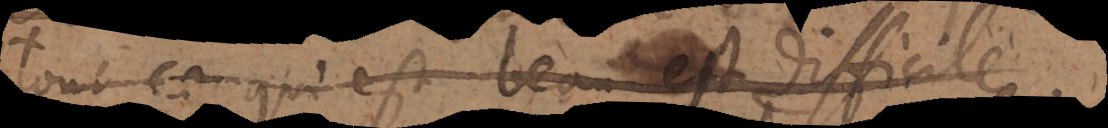
tout ce qui est beau est difficile.